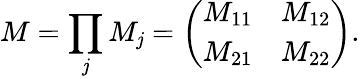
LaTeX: M=\prod_{\mathit{j}}M_{\mathit{j}}=\left(\begin{array}{ll}{M_{11}}&{M_{12}}\\ {M_{21}}&{M_{22}}\end{array}\right).